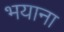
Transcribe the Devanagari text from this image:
भयाना